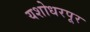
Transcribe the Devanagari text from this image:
यशोधरपूर